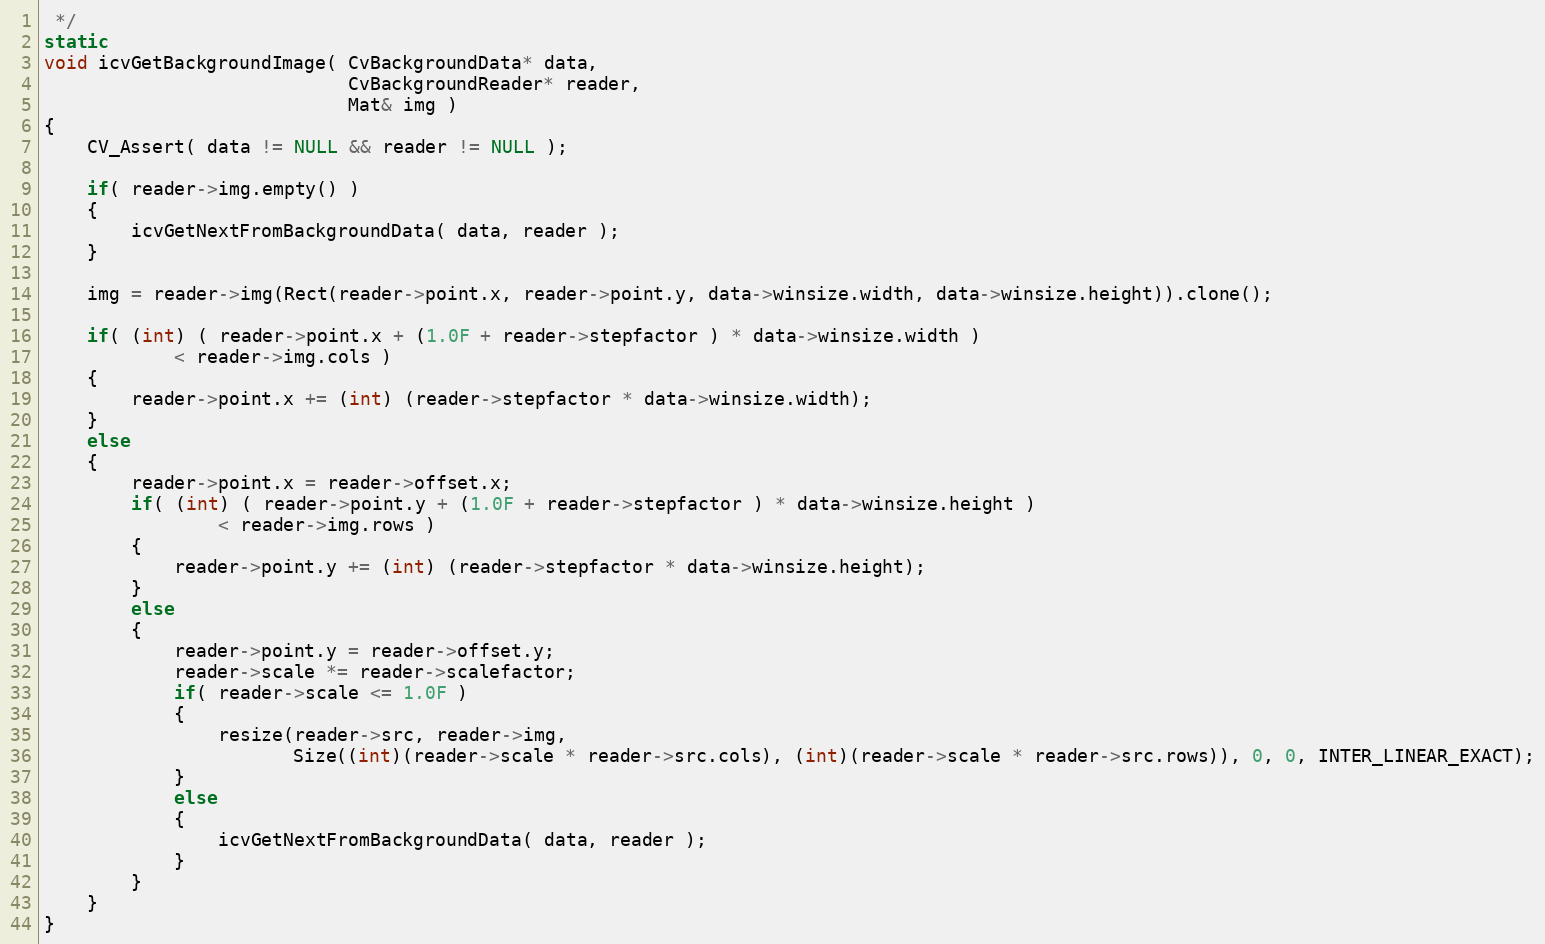
Language: C++
 */
static
void icvGetBackgroundImage( CvBackgroundData* data,
                            CvBackgroundReader* reader,
                            Mat& img )
{
    CV_Assert( data != NULL && reader != NULL );

    if( reader->img.empty() )
    {
        icvGetNextFromBackgroundData( data, reader );
    }

    img = reader->img(Rect(reader->point.x, reader->point.y, data->winsize.width, data->winsize.height)).clone();

    if( (int) ( reader->point.x + (1.0F + reader->stepfactor ) * data->winsize.width )
            < reader->img.cols )
    {
        reader->point.x += (int) (reader->stepfactor * data->winsize.width);
    }
    else
    {
        reader->point.x = reader->offset.x;
        if( (int) ( reader->point.y + (1.0F + reader->stepfactor ) * data->winsize.height )
                < reader->img.rows )
        {
            reader->point.y += (int) (reader->stepfactor * data->winsize.height);
        }
        else
        {
            reader->point.y = reader->offset.y;
            reader->scale *= reader->scalefactor;
            if( reader->scale <= 1.0F )
            {
                resize(reader->src, reader->img,
                       Size((int)(reader->scale * reader->src.cols), (int)(reader->scale * reader->src.rows)), 0, 0, INTER_LINEAR_EXACT);
            }
            else
            {
                icvGetNextFromBackgroundData( data, reader );
            }
        }
    }
}